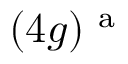
( 4 g ) ^ { \mathrm { ~ a ~ } }